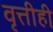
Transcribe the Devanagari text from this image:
वृत्तीही